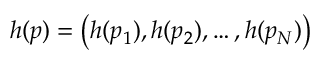
h ( \boldsymbol { p } ) = \left( h ( p _ { 1 } ) , h ( p _ { 2 } ) , \dots , h ( p _ { N } ) \right)